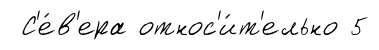
С'е́в'ера относ'и́т'ельно 5